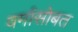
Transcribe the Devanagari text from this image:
वर्मासोबत